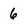
Character: 6